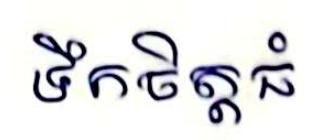
ទឹកចិត្តធំ